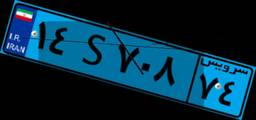
۱۴S۷۰۸۷۴